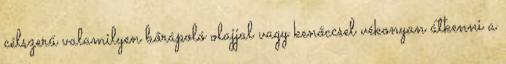
célszerű valamilyen bőrápoló olajjal vagy kenőccsel vékonyan átkenni a